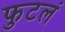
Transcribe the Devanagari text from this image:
फुटलं